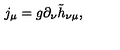
j _ { \mu } = g \partial _ { \nu } \tilde { h } _ { \nu \mu } ,